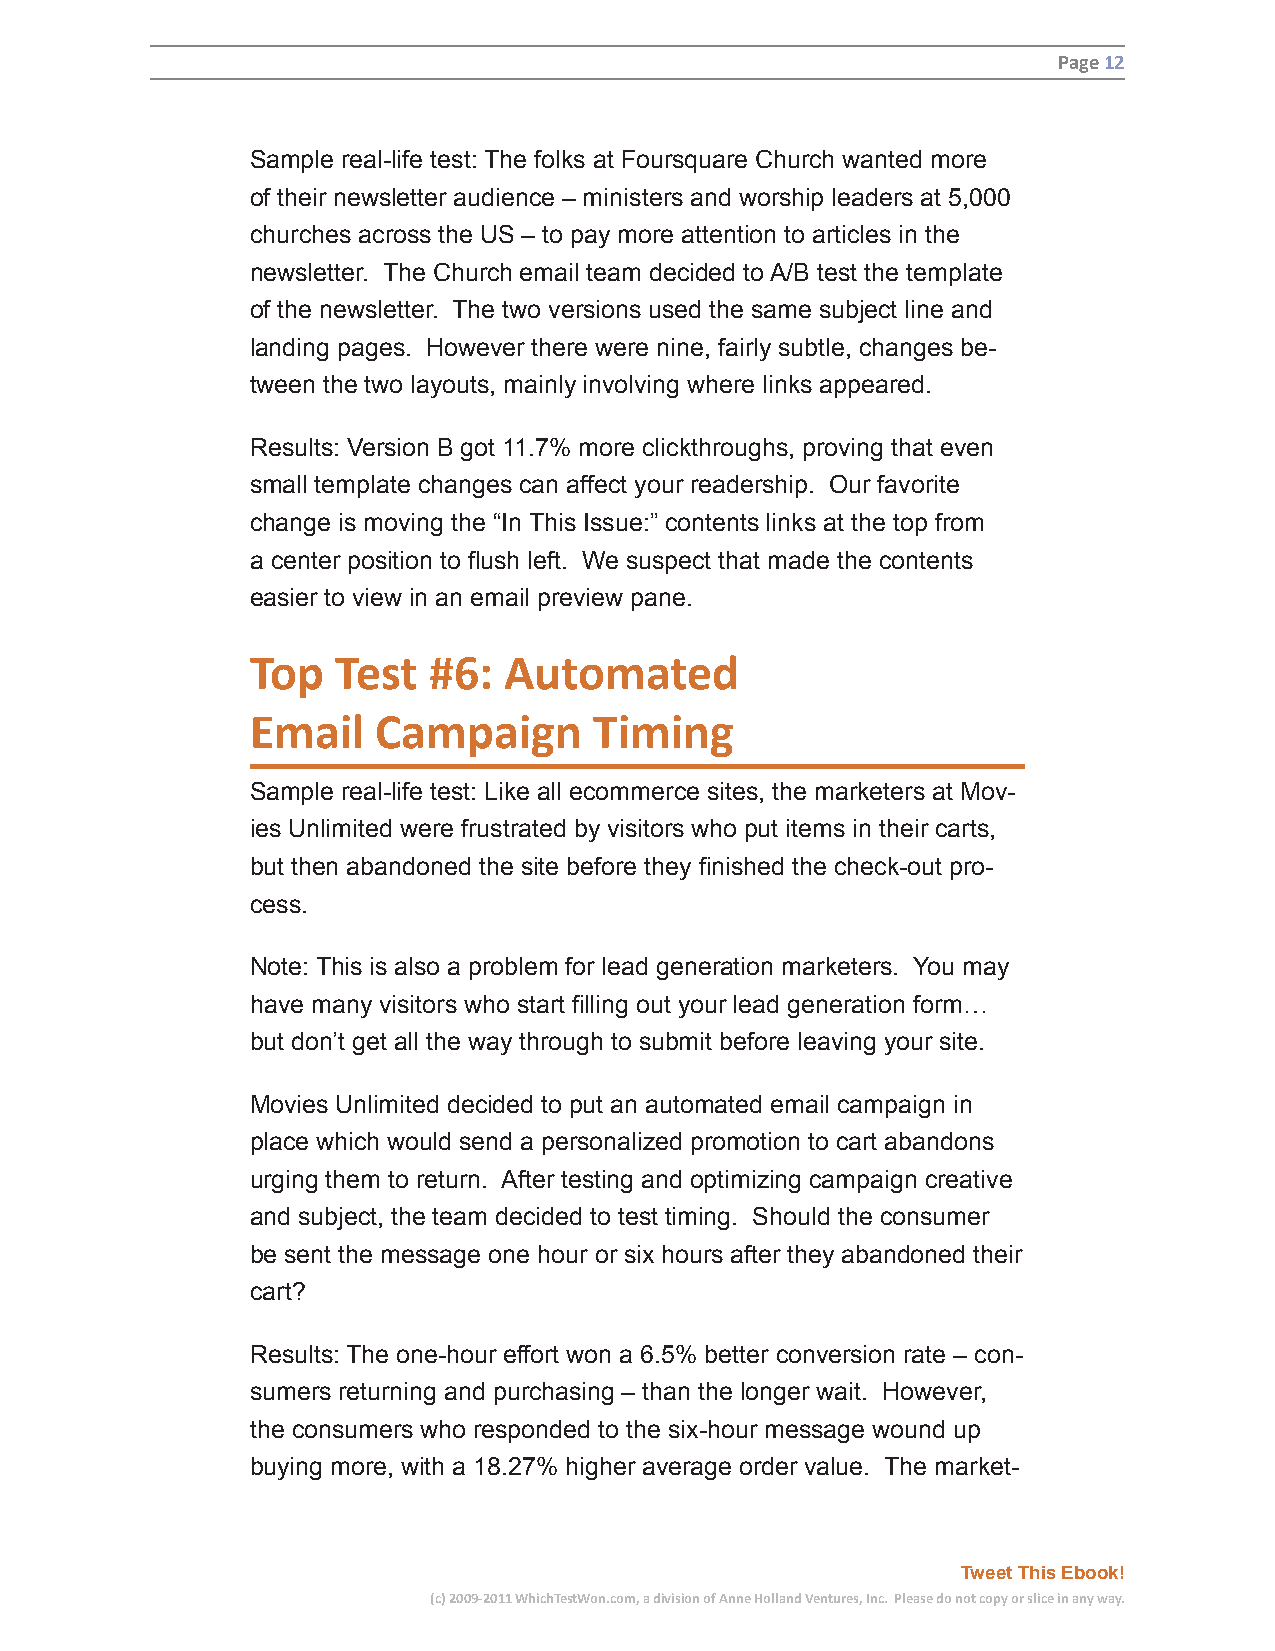
Page 12
 Sample real-life test: The folks at Foursquare Church wanted more
 of their newsletter audience – ministers and worship leaders at 5,000
 churches across the US – to pay more attention to articles in the
 newsletter. The Church email team decided to A/B test the template
 of the newsletter. The two versions used the same subject line and
 landing pages. However there were nine, fairly subtle, changes be-
 tween the two layouts, mainly involving where links appeared.
 Results: Version B got 11.7% more clickthroughs, proving that even
 small template changes can affect your readership. Our favorite
 change is moving the “In This Issue:” contents links at the top from
 a center position to flush left. We suspect that made the contents
 easier to view in an email preview pane.
 Top  Test  #6:  Automated
 Email   Campaign      Timing
 Sample real-life test: Like all ecommerce sites, the marketers at Mov-
 ies Unlimited were frustrated by visitors who put items in their carts,
 but then abandoned the site before they finished the check-out pro-
 cess.
 Note: This is also a problem for lead generation marketers. You may
 have many visitors who start filling out your lead generation form…
 but don’t get all the way through to submit before leaving your site.
 Movies Unlimited decided to put an automated email campaign in
 place which would send a personalized promotion to cart abandons
 urging them to return. After testing and optimizing campaign creative
 and subject, the team decided to test timing. Should the consumer
 be sent the message one hour or six hours after they abandoned their
 cart?
 Results: The one-hour effort won a 6.5% better conversion rate – con-
 sumers returning and purchasing – than the longer wait. However,
 the consumers who responded to the six-hour message wound up
 buying more, with a 18.27% higher average order value. The market-
 Tweet This Ebook!
 (c) 2009-2011 WhichTestWon.com, a division of Anne Holland Ventures, Inc. Please do not copy or slice in any way.